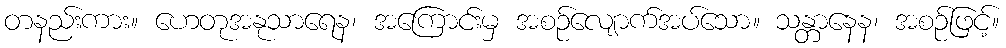
တနည်းကား။ ဟေတုအနုသာရေန၊ အကြောင်းမှ အစဉ်လျောက်အပ်သော။ သန္တာနေန၊ အစဉ်ဖြင့်။